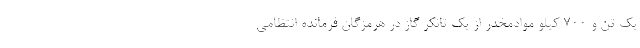
یک تن و ۷۰۰ کیلو موادمخدر از یک تانکر گاز در هرمزگان فرمانده انتظامی